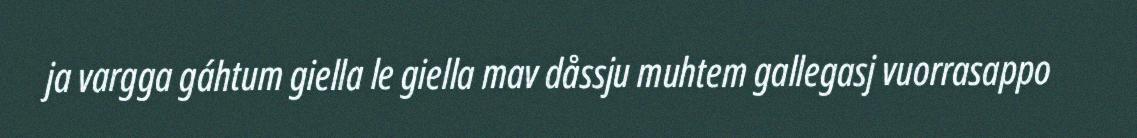
ja vargga gáhtum giella le giella mav dåssju muhtem gallegasj vuorrasappo